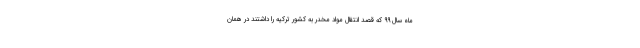
ماه سال ۹۹ که قصد انتقال مواد مخدر به کشور ترکیه را داشتند در همان